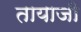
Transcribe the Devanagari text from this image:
तायाजी